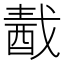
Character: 𨠾